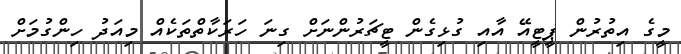
މީގެ އިތުރުން ޕީޓީއޭ އާއި ގުޅިގެން ޓީޗަރުންނަށް ގިނަ ހަރަކާތްތަކެއް މިއަދު ހިންގުމަށް